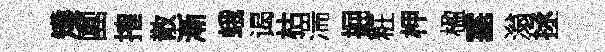
矱團搉散漸蛾谒枯湍掘粧柙楹塞滃拯